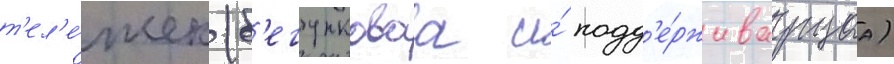
т'ел'е́жек (б'егунковаа и́ подд'е́рживаущаа)